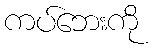
ကပ်ဘေးကို